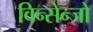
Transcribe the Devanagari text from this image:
विन्सेन्जो